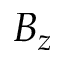
B _ { z }